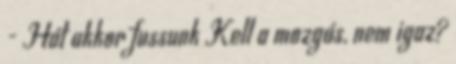
- Hát akkor fussunk Kell a mozgás, nem igaz?